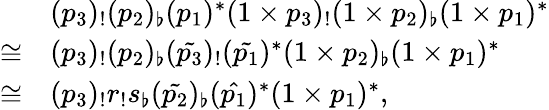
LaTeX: \begin{array}{rl}&{(p_{3})_{!}(p_{2})_{\flat}(p_{1})^{*}(1\times p_{3})_{!}(1\times p_{2})_{\flat}(1\times p_{1})^{*}}\\ {\cong}&{(p_{3})_{!}(p_{2})_{\flat}(\tilde{p_{3}})_{!}(\tilde{p_{1}})^{*}(1\times p_{2})_{\flat}(1\times p_{1})^{*}}\\ {\cong}&{(p_{3})_{!}r_{!}s_{\flat}(\tilde{p_{2}})_{\flat}(\hat{p_{1}})^{*}(1\times p_{1})^{*},}\end{array}